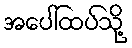
အပေါ်ထပ်သို့